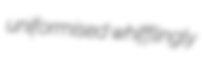
uniformised whifflingly